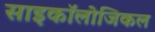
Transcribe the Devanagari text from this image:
साइकॉलोजिकल